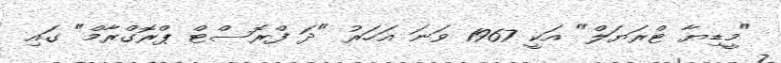
"މީޑިޔާ ޓްރަޔަލް" އަކީ 1967 ވަނަ އަހަރު "ދަ ފްރޮސްޓް ޕްރޮގްރާމް" ގައި